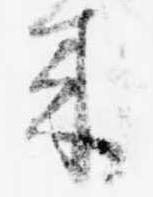
来